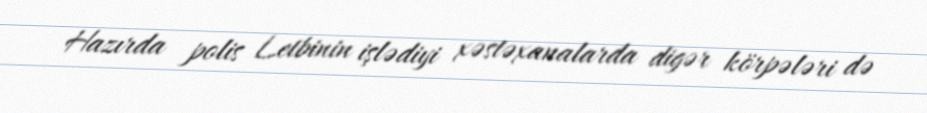
Hazırda polis Letbinin işlədiyi xəstəxanalarda digər körpələri də